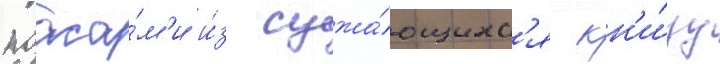
поаса́м'и и́з сужа́ющихс'я кн'и́зу